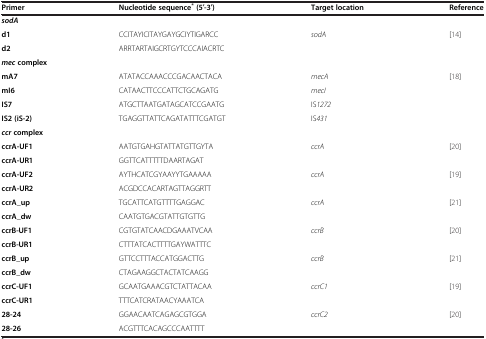
<table><thead><tr><td><b>Primer</b></td><td><b>Nucleotide sequence<sup>* </sup>(5′-3′)</b></td><td><b>Target location</b></td><td><b>Reference</b></td></tr></thead><tbody><tr><td colspan="4"><b><i>sodA</i></b></td></tr><tr><td><b>d1</b></td><td>CCITAYICITAYGAYGCIYTIGARCC</td><td rowspan="2"><i>sodA</i></td><td rowspan="2">[14]</td></tr><tr><td><b>d2</b></td><td>ARRTARTAIGCRTGYTCCCAIACRTC</td></tr><tr><td colspan="4"><b><i>mec </i></b><b>complex</b></td></tr><tr><td><b>mA7</b></td><td>ATATACCAAACCCGACAACTACA</td><td><i>mecA</i></td><td rowspan="4">[18]</td></tr><tr><td><b>mI6</b></td><td>CATAACTTCCCATTCTGCAGATG</td><td><i>mecI</i></td></tr><tr><td><b>IS7</b></td><td>ATGCTTAATGATAGCATCCGAATG</td><td>IS<i>1272</i></td></tr><tr><td><b>IS2 (iS-2)</b></td><td>TGAGGTTATTCAGATATTTCGATGT</td><td>IS<i>431</i></td></tr><tr><td colspan="4"><b><i>ccr </i></b><b>complex</b></td></tr><tr><td><b>ccrA-UF1</b></td><td>AATGTGAHGTATTATGTTGYTA</td><td rowspan="2"><i>ccrA</i></td><td rowspan="2">[20]</td></tr><tr><td><b>ccrA-UR1</b></td><td>GGTTCATTTTTDAARTAGAT</td></tr><tr><td><b>ccrA-UF2</b></td><td>AYTHCATCGYAAYYTGAAAAA</td><td rowspan="2"><i>ccrA</i></td><td rowspan="2">[19]</td></tr><tr><td><b>ccrA-UR2</b></td><td>ACGDCCACARTAGTTAGGRTT</td></tr><tr><td><b>ccrA_up</b></td><td>TGCATTCATGTTTTGAGGAC</td><td rowspan="2"><i>ccrA</i></td><td rowspan="2">[21]</td></tr><tr><td><b>ccrA_dw</b></td><td>CAATGTGACGTATTGTGTTG</td></tr><tr><td><b>ccrB-UF1</b></td><td>CGTGTATCAACDGAAATVCAA</td><td rowspan="2"><i>ccrB</i></td><td rowspan="2">[20]</td></tr><tr><td><b>ccrB-UR1</b></td><td>CTTTATCACTTTTGAYWATTTC</td></tr><tr><td><b>ccrB_up</b></td><td>GTTCCTTTACCATGGACTTG</td><td rowspan="2"><i>ccrB</i></td><td rowspan="2">[21]</td></tr><tr><td><b>ccrB_dw</b></td><td>CTAGAAGGCTACTATCAAGG</td></tr><tr><td><b>ccrC-UF1</b></td><td>GCAATGAAACGTCTATTACAA</td><td rowspan="2"><i>ccrC1</i></td><td rowspan="2">[19]</td></tr><tr><td><b>ccrC-UR1</b></td><td>TTTCATCRATAACYAAATCA</td></tr><tr><td><b>28-24</b></td><td>GGAACAATCAGAGCGTGGA</td><td rowspan="2"><i>ccrC2</i></td><td rowspan="2">[20]</td></tr><tr><td><b>28-26</b></td><td>ACGTTTCACAGCCCAATTTT</td></tr></tbody></table>